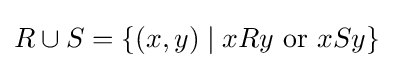
R\cup S=\{(x,y)\mid xRy{\text{ or }}xSy\}